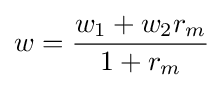
w={\frac {w_{1}+w_{2}r_{m}}{1+r_{m}}}